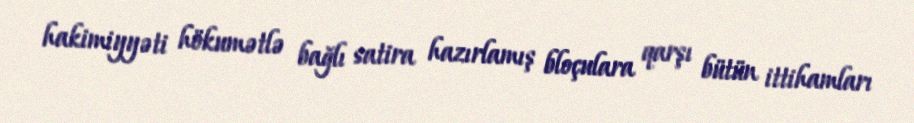
hakimiyyəti hökumətlə bağlı satira hazırlamış bloçulara qarşı bütün ittihamları